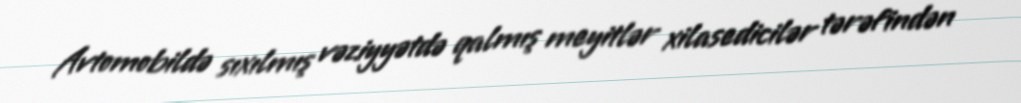
Avtomobildə sıxılmış vəziyyətdə qalmış meyitlər xilasedicilər tərəfindən